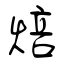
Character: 焙